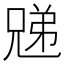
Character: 𫤜